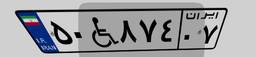
۵۰W۸۷۴۰۷